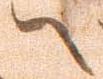
へ